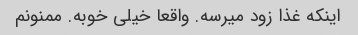
اینکه غذا زود میرسه. واقعا خیلی خوبه. ممنونم